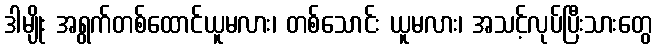
ဒါမျိုး အရွက်တစ်ထောင်ယူမလား၊ တစ်သောင်း ယူမလား၊ အသင့်လုပ်ပြီးသားတွေ